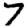
Digit: 7